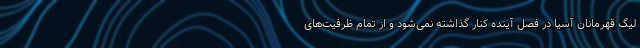
لیگ قهرمانان آسیا در فصل آینده کنار گذاشته نمی‌شود و از تمام ظرفیت‌های